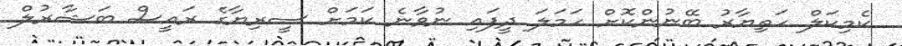
ކެމިކަލް ހަތިޔާރު ބޭނުންކޮށް ހަމަލަ ދީފައި ނުވާނެ ކަމަށް ސީރިޔާގެ ރައީސް ބަޝާރުލް